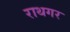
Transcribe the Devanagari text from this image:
राथगर